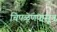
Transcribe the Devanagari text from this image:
चिपळूणपासून